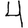
Digit: 4